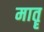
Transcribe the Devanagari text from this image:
मातॄ